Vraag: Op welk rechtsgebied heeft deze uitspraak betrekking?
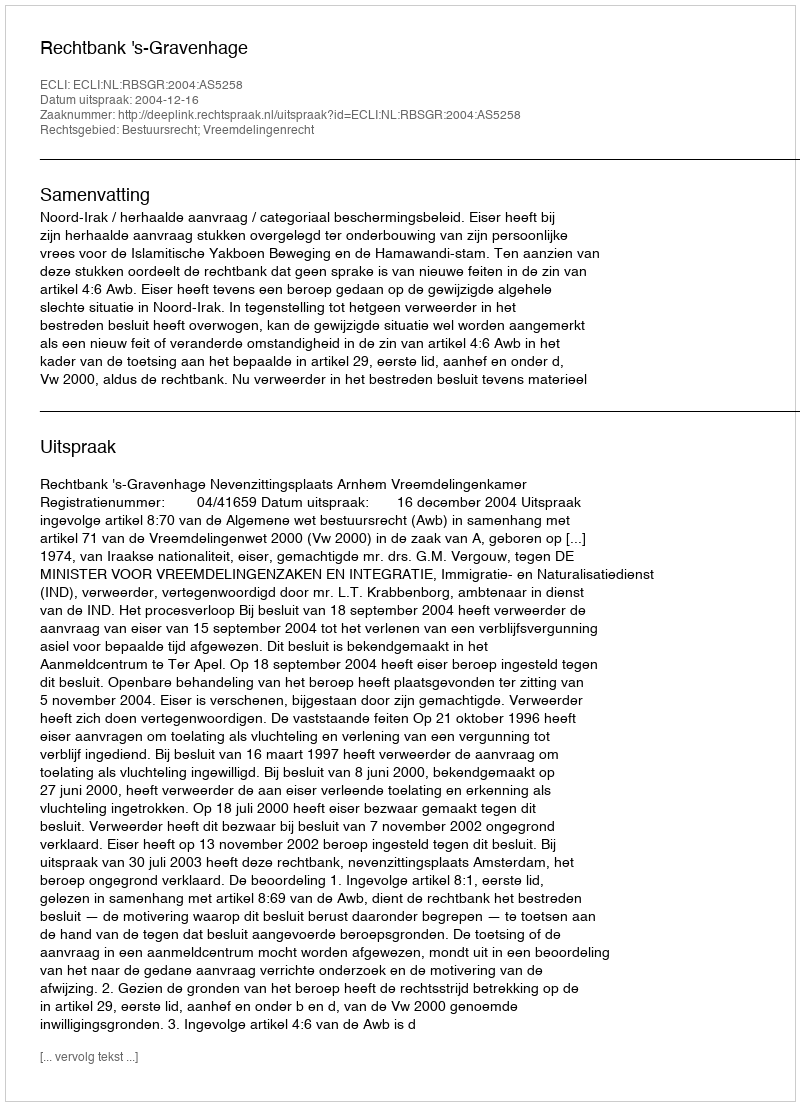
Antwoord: Bestuursrecht; Vreemdelingenrecht